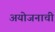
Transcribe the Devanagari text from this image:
अयोजनाची